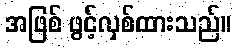
အဖြစ် ဖွင့်လှစ်ထားသည်။